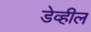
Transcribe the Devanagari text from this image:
डेव्हील